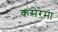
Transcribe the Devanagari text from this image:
कसेरमा